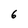
Character: 6